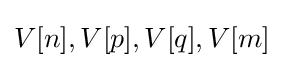
V[n],V[p],V[q],V[m]